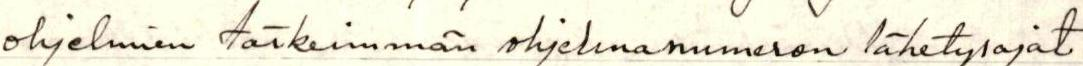
ohjelmien tärkeimmän ohjelmanumeron lähetysajat